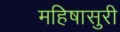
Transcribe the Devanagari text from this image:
महिषासुरी